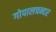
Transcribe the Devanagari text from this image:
गोपालचन्दर